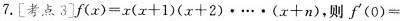
7.[考点3]$$f ( x ) = x ( x + 1 ) ( x + 2 ) \cdot … \cdot ( x + n )$$,则$$f ( 0 ) =